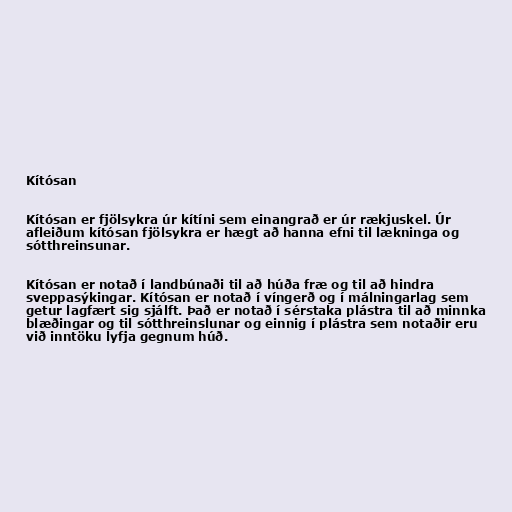
Kítósan

Kítósan er fjölsykra úr kítíni sem einangrað er úr rækjuskel. Úr
afleiðum kítósan fjölsykra er hægt að hanna efni til lækninga og
sótthreinsunar.

Kítósan er notað í landbúnaði til að húða fræ og til að hindra
sveppasýkingar. Kítósan er notað í víngerð og í málningarlag sem
getur lagfært sig sjálft. Það er notað í sérstaka plástra til að minnka
blæðingar og til sótthreinslunar og einnig í plástra sem notaðir eru
við inntöku lyfja gegnum húð.